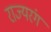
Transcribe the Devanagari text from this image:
राज्यरंग